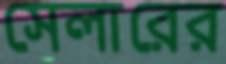
সেলারের